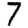
Digit: 7